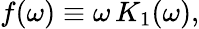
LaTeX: f(\omega)\equiv\omega\, K_{1}(\omega),